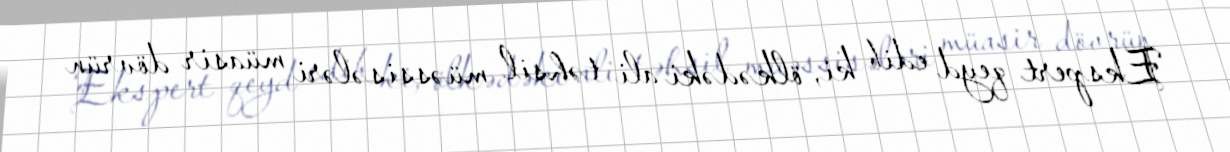
Ekspert qeyd edib ki, ölkədəki ali təhsil müəssisələri müasir dövrün